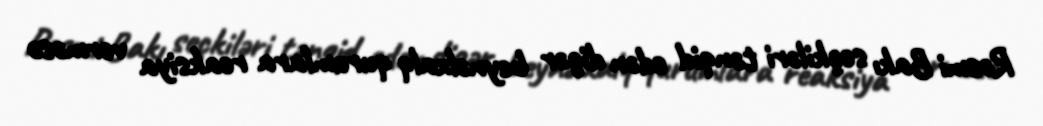
Rəsmi Bakı seçkiləri tənqid edən digər beynəlxalq qurumlara reaksiya verməsə